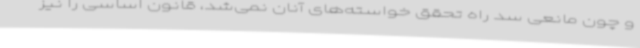
و چون مانعی سد راه تحقق خواسته‌های آنان نمی‌شد، قانون اساسی را نیز